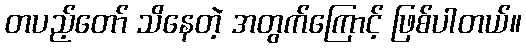
တပည့်တော် သိနေတဲ့ အတွက်ကြောင့် ဖြစ်ပါတယ်။